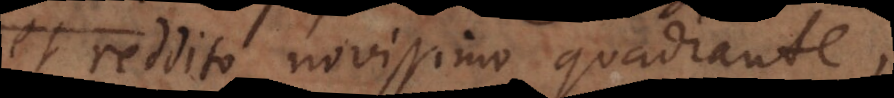
et reddito novissimo quadrante,